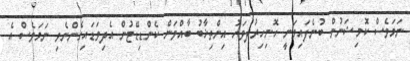
ނަމަވެސް ކޮމިޝަނުން ބުނެފައިވަނީ ހޮނިހިރުދުވަހު އިންތިޚާބު ބާއްވަން ކެންޑިޑޭޓުން އެދިވަޑައިގެންނެވި ނަމަވެސް އެ